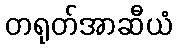
တရုတ်အာဆီယံ